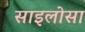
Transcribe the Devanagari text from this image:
साइलोसा